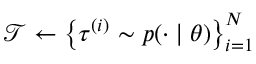
\mathcal { T } \leftarrow \left\{ \tau ^ { ( i ) } \sim p ( \cdot \mid \theta ) \right\} _ { i = 1 } ^ { N }